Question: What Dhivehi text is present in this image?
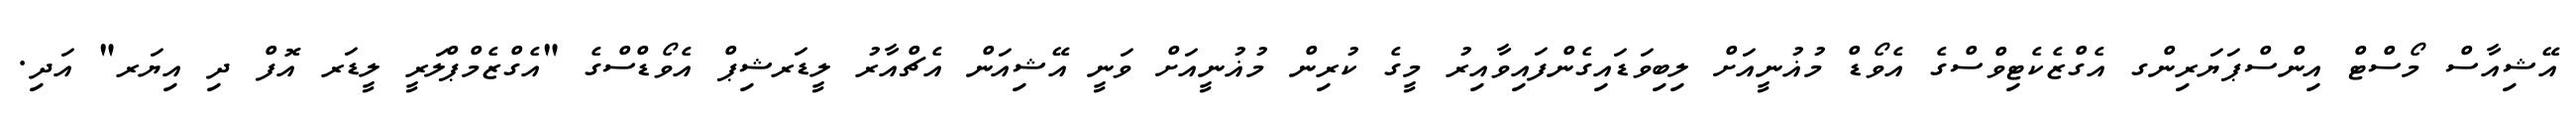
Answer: އޭޝިއާސް މޯސްޓް އިންސްޕަޔަރިންގ އެގްޒެކެޓިވްސްގެ އެވޯޑް މުޣުނީއަށް ލިބިވަޑައިގެންފައިވާއިރު މީގެ ކުރިން މުޣުނީއަށް ވަނީ އޭޝިއަން އެޗްއާރު ލީޑަރޝިޕް އެވޯޑްސްގެ "އެގްޒެމްޕްލަރީ ލީޑަރ އޮފް ދި އިޔަރ" އަދި.